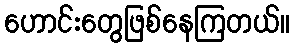
ဟောင်းတွေဖြစ်နေကြတယ်။